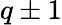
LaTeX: q\pm 1